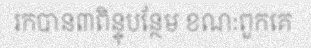
រកបាន៣ពិន្ទុបន្ថែម ខណៈពួកគេ